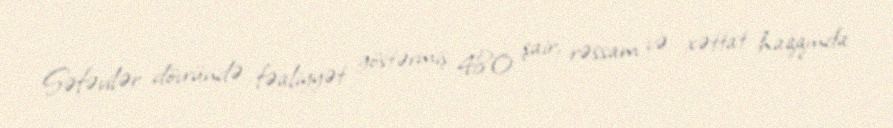
Səfəvilər dövründə fəaliyyət göstərmiş 480 şair, rəssam və xəttat haqqında